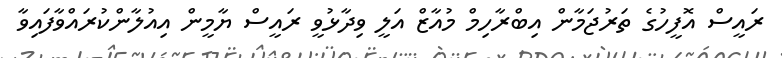
ރައީސް އޮފީހުގެ ތަރުޖަމާން އިބްރާހިމް މުއާޒް އަލީ ވިދާޅުވީ ރައީސް ޔާމީން އިއުލާންކުރައްވާފައިވާ